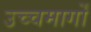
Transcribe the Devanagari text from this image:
उच्चमार्गों